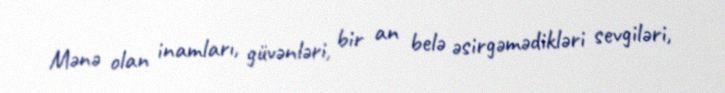
Mənə olan inamları, güvənləri, bir an belə əsirgəmədikləri sevgiləri,